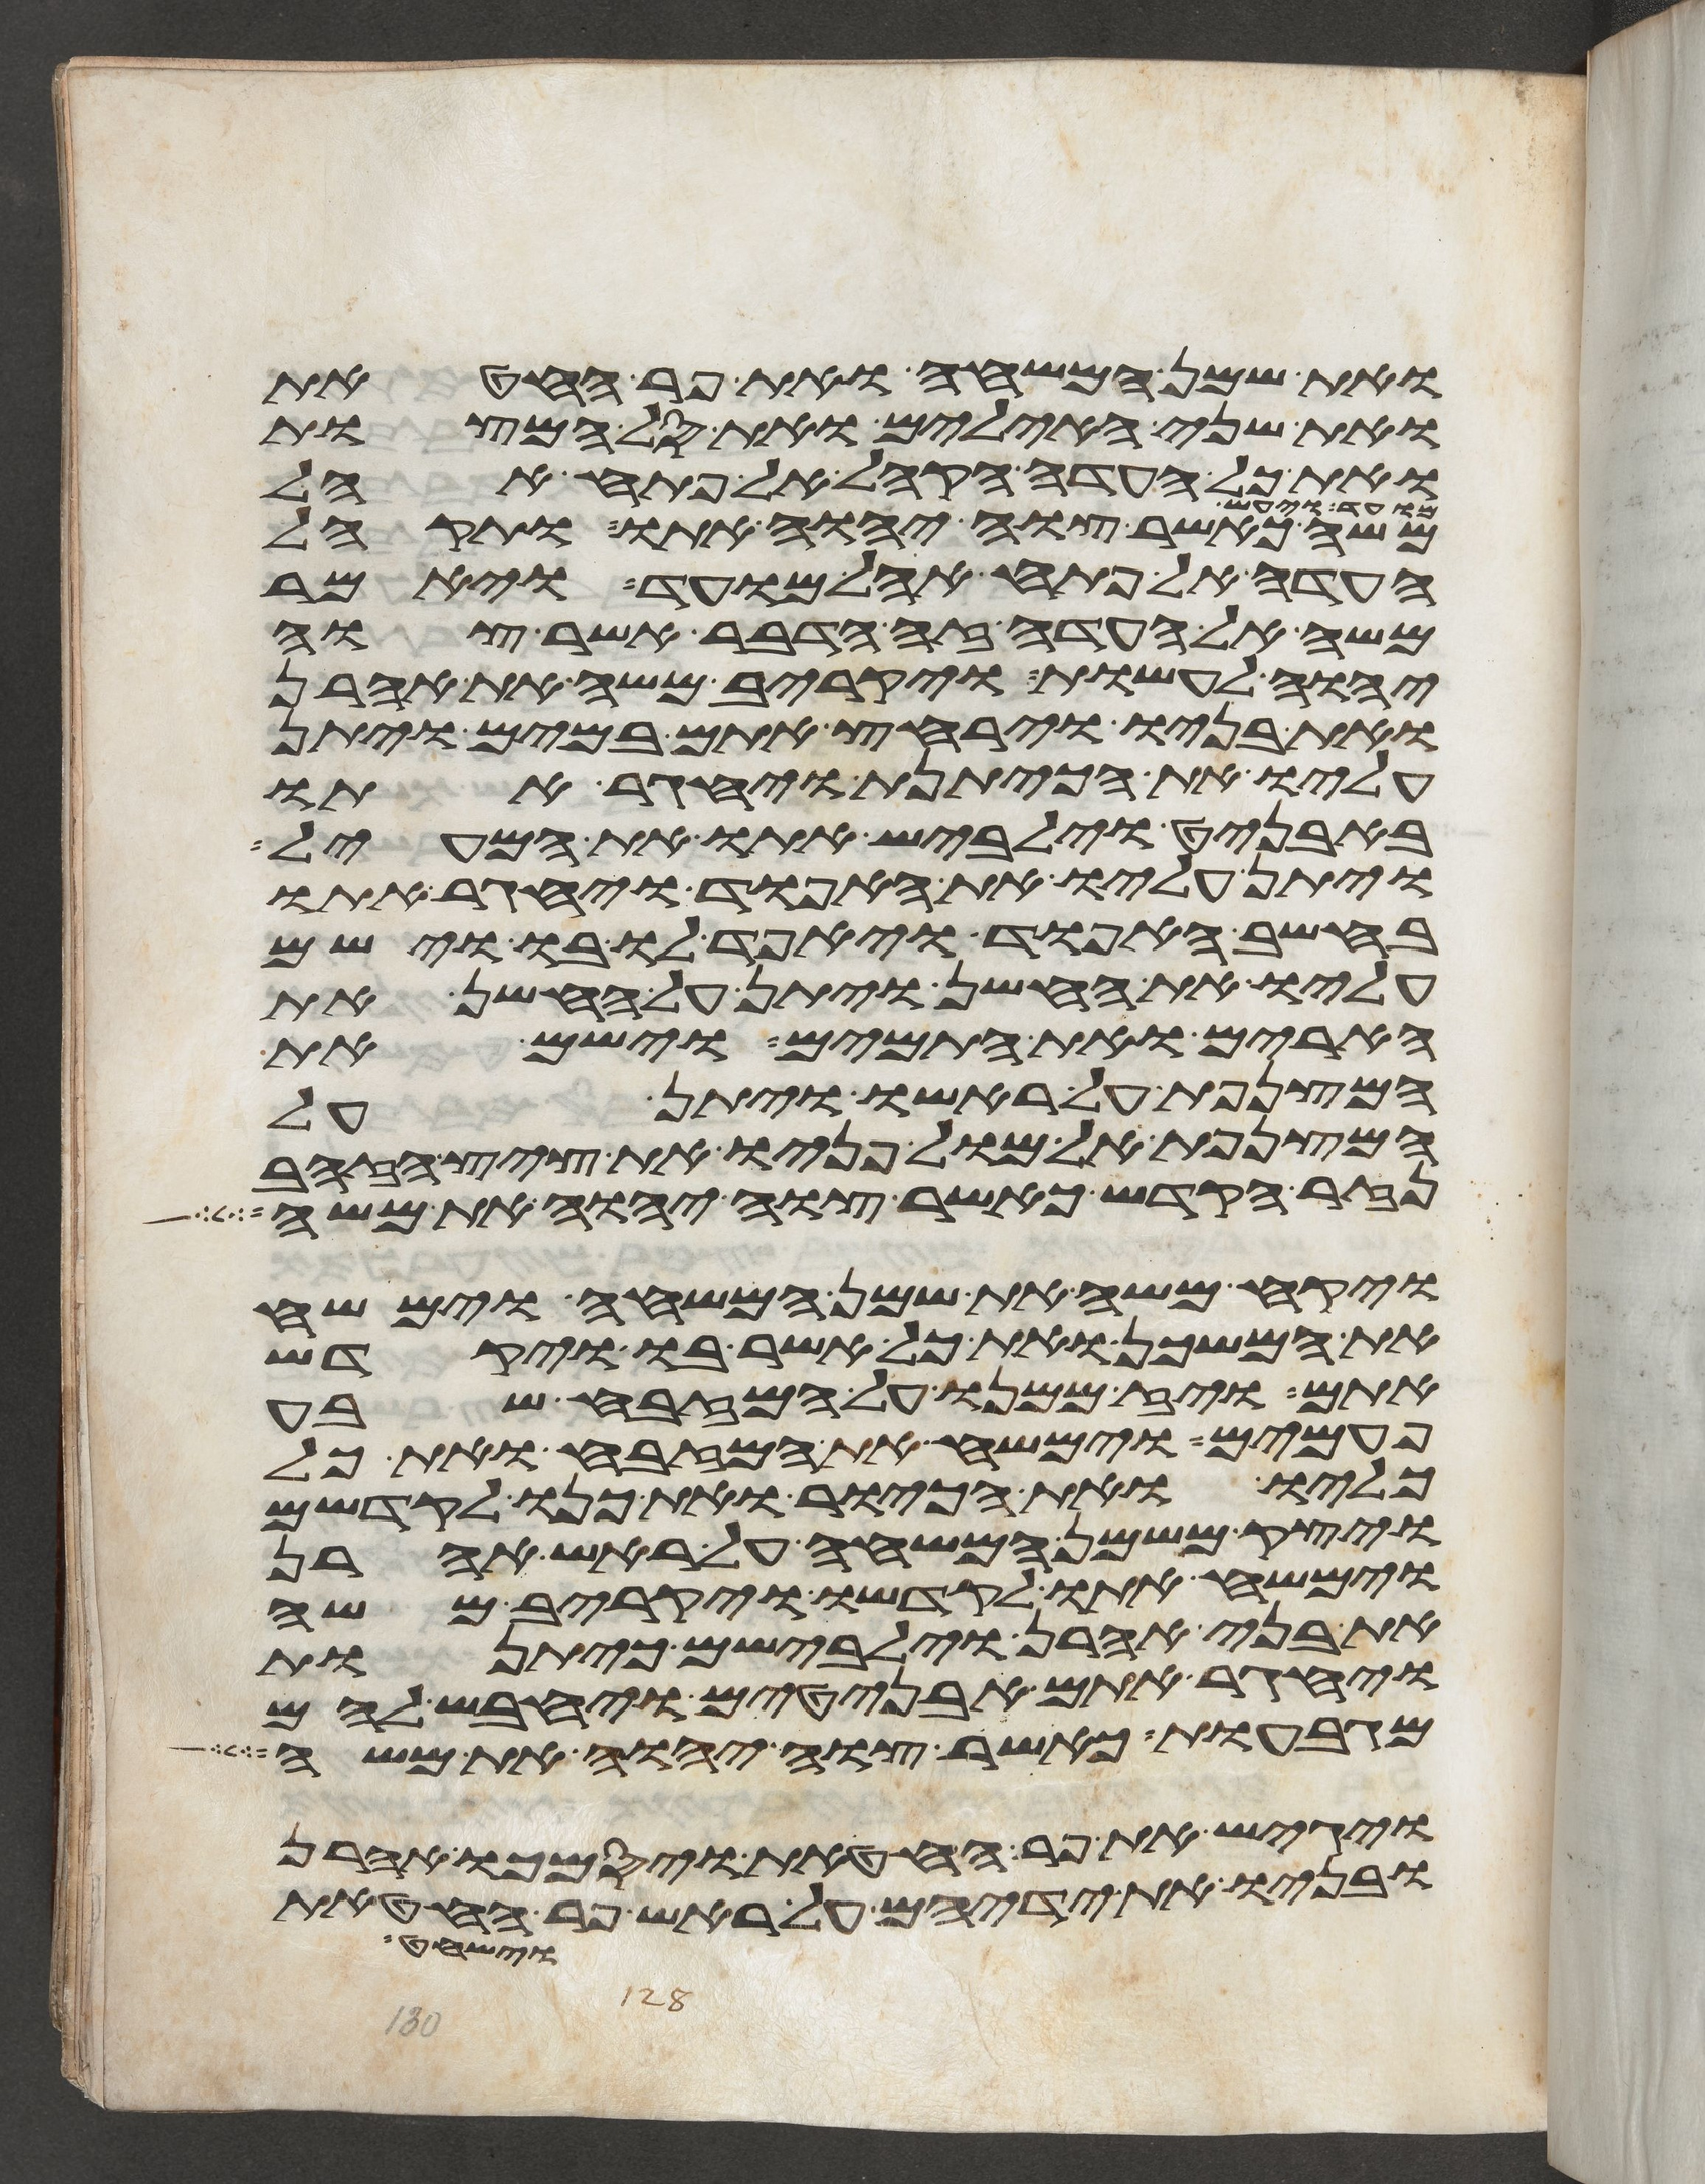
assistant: ואת שמן המשחה ואת פר החטאת
ואת שני האילים ואת סל המצות
ואת כל העדה הקהל אל פתח אהל
משה כאשר צוה יהוה אתו ותקהל
העדה אל פתח אהל מועד ויאמר
משה אל העדה זה הדבר אשר צוה
יהוה לעשות ויקריב משה את אהרן
ואת בניו וירחץ אתם במים ויתן
עליו את הכיתנת ויחגר אתו
באבניט וילבש אתו את המעיל
ויתן עליו את האפוד ויחגר אתו
בחשב האפוד ויאפד לו בו וישם
עליו את החשן ויתן על החשן את
הארים ואת התמים וישם את
המצנפת על ראשו ויתן על
המצנפת אל מול פניו את ציץ הזהב
נזר הקדש כאשר צוה יהוה את משה
ויקח משה את שמן המשחה וימשח
את המשכן ואת כל אשר בו ויקדש
אתם ויז ממנו על המזבח שבע
פעמים וימשח את המזבח ואת כל
כליו ואת הכיור ואת כנו לקדשם
ויצק משמן המשחה על ראש אהרן
וימשח אתו לקדשו ויקריב משה
את בני אהרן וילבשם כיתנות
ויחגר אתם אבניטים ויחבש להם
מגבעות כאשר צוה יהוה את משה
ויגש את פר החטאת ויסמך אהרן
ובניו את ידיהם על ראש פר החטאת
וישחט